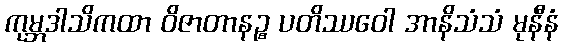
ကုမ္ဘဒါသိကထာ ဝိဇာတာနဉ္စ ပတိဿဝေါ အာနိသံသံ မုနီနံ